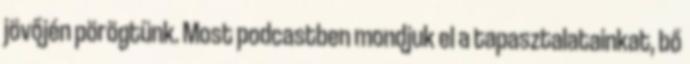
jövőjén pörögtünk. Most podcastben mondjuk el a tapasztalatainkat, bő